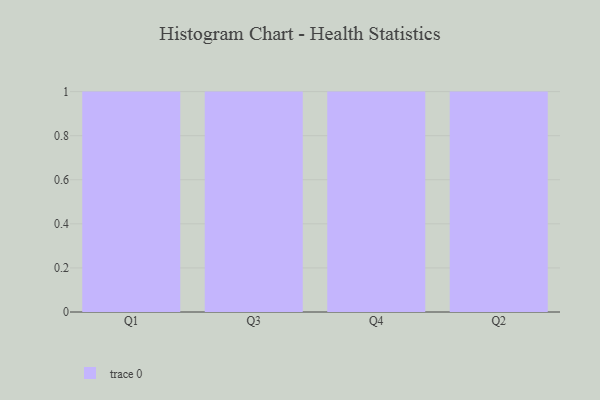
{"axis": {"x": "Quarter", "y": "Churn Rate (%)"}, "legend": [""], "data": [{"x": "Q1", "y": 86, "type": ""}, {"x": "Q3", "y": 49, "type": ""}, {"x": "Q4", "y": 68, "type": ""}, {"x": "Q2", "y": 73, "type": ""}]}